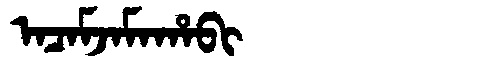
Manchu: ᠠᠴᠠᠮᠵᠠᠮᠠᡥᠠᠪᡳ
Romanization: ACAMJAMAHABI